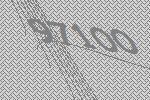
97100